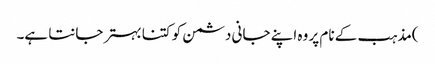
)مذہب کے نام پر وہ اپنے جانی دشمن کو کتنا بہتر جانتا ہے۔